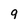
Character: 9